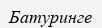
Батуринге